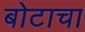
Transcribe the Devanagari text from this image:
बोटाचा